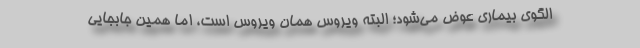
الگوی بیماری عوض می‌شود؛ البته ویروس همان ویروس است، اما همین جابجایی